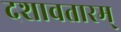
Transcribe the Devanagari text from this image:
दशावतारम्‌